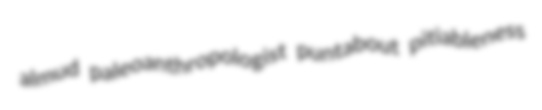
almud paleoanthropologist puntabout pitiableness